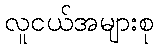
လူငယ်အများစု